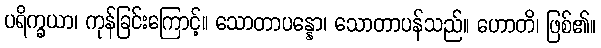
ပရိက္ခယာ၊ ကုန်ခြင်းကြောင့်။ သောတာပန္နော၊ သောတာပန်သည်။ ဟောတိ၊ ဖြစ်၏။